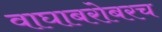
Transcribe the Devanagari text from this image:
वाघाबरोबरच